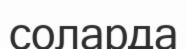
соларда